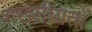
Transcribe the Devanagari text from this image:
शख्सीयतों